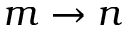
m \to n